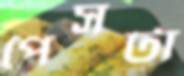
পেসটা